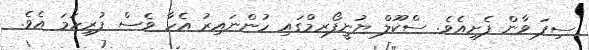
ސިފަ ވާން ފެށިއެވެ. ސްކޫލް ޔުނީފޯރމްގައި ހުންނައިރު އެހާ ވެސް ފުރިހަމަ އެވެ.